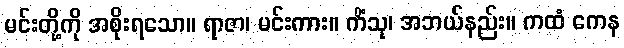
မင်းတို့ကို အစိုးရသော။ ရာဇာ၊ မင်းကား။ ကိံသု၊ အဘယ်နည်း။ ကထံ ကေန